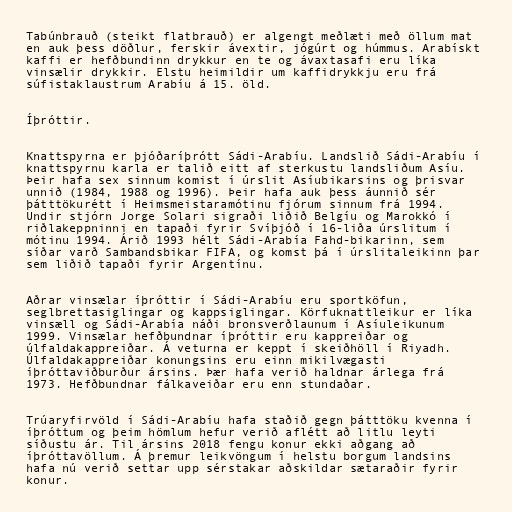
Tabúnbrauð (steikt flatbrauð) er algengt meðlæti með öllum mat
en auk þess döðlur, ferskir ávextir, jógúrt og húmmus. Arabískt
kaffi er hefðbundinn drykkur en te og ávaxtasafi eru líka
vinsælir drykkir. Elstu heimildir um kaffidrykkju eru frá
súfistaklaustrum Arabíu á 15. öld.

Íþróttir.

Knattspyrna er þjóðaríþrótt Sádi-Arabíu. Landslið Sádi-Arabíu í
knattspyrnu karla er talið eitt af sterkustu landsliðum Asíu.
Þeir hafa sex sinnum komist í úrslit Asíubikarsins og þrisvar
unnið (1984, 1988 og 1996). Þeir hafa auk þess áunnið sér
þátttökurétt í Heimsmeistaramótinu fjórum sinnum frá 1994.
Undir stjórn Jorge Solari sigraði liðið Belgíu og Marokkó í
riðlakeppninni en tapaði fyrir Svíþjóð í 16-liða úrslitum í
mótinu 1994. Árið 1993 hélt Sádi-Arabía Fahd-bikarinn, sem
síðar varð Sambandsbikar FIFA, og komst þá í úrslitaleikinn þar
sem liðið tapaði fyrir Argentínu.

Aðrar vinsælar íþróttir í Sádi-Arabíu eru sportköfun,
seglbrettasiglingar og kappsiglingar. Körfuknattleikur er líka
vinsæll og Sádi-Arabía náði bronsverðlaunum í Asíuleikunum
1999. Vinsælar hefðbundnar íþróttir eru kappreiðar og
úlfaldakappreiðar. Á veturna er keppt í skeiðhöll í Riyadh.
Úlfaldakappreiðar konungsins eru einn mikilvægasti
íþróttaviðburður ársins. Þær hafa verið haldnar árlega frá
1973. Hefðbundnar fálkaveiðar eru enn stundaðar.

Trúaryfirvöld í Sádi-Arabíu hafa staðið gegn þátttöku kvenna í
íþróttum og þeim hömlum hefur verið aflétt að litlu leyti
síðustu ár. Til ársins 2018 fengu konur ekki aðgang að
íþróttavöllum. Á þremur leikvöngum í helstu borgum landsins
hafa nú verið settar upp sérstakar aðskildar sætaraðir fyrir
konur.